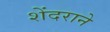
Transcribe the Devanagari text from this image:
शेंदराने